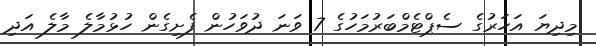
މިދިޔަ އަހަރުގެ ސެޕްޓެމްބަރުމަހުގެ 7 ވަނަ ދުވަހުން ފެށިގެން ހުޅުމާލެ މާލެ އަދި